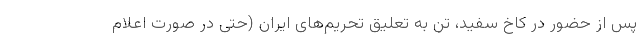
پس از حضور در کاخ سفید، تن به تعلیق تحریم‌های ایران (حتی در صورت اعلام